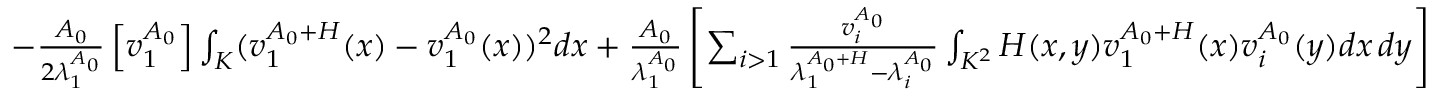
\begin{array} { r } { - \frac { A _ { 0 } } { 2 \lambda _ { 1 } ^ { A _ { 0 } } } \left[ v _ { 1 } ^ { A _ { 0 } } \right] \int _ { K } ( v _ { 1 } ^ { A _ { 0 } + H } ( x ) - v _ { 1 } ^ { A _ { 0 } } ( x ) ) ^ { 2 } d x + \frac { A _ { 0 } } { \lambda _ { 1 } ^ { A _ { 0 } } } \left[ \sum _ { i > 1 } \frac { v _ { i } ^ { A _ { 0 } } } { \lambda _ { 1 } ^ { A _ { 0 } + H } - \lambda _ { i } ^ { A _ { 0 } } } \int _ { K ^ { 2 } } H ( x , y ) v _ { 1 } ^ { A _ { 0 } + H } ( x ) v _ { i } ^ { A _ { 0 } } ( y ) d x \, d y \right] } \end{array}